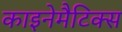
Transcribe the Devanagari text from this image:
काइनेमैटिक्स